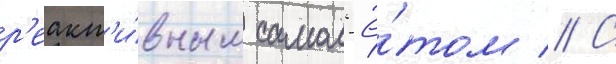
р'еакт'и́вным самол'ё́том // С